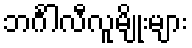
ဘင်္ဂါလီလူမျိုးများ